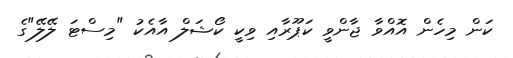
ކަން މިހެން އޮއްވާ ޖާންވީ ކަޕޫރާއި ވިކީ ކޯޝަލް އާއެކު "މިސްޓަ ލޭލޭ"ގެ